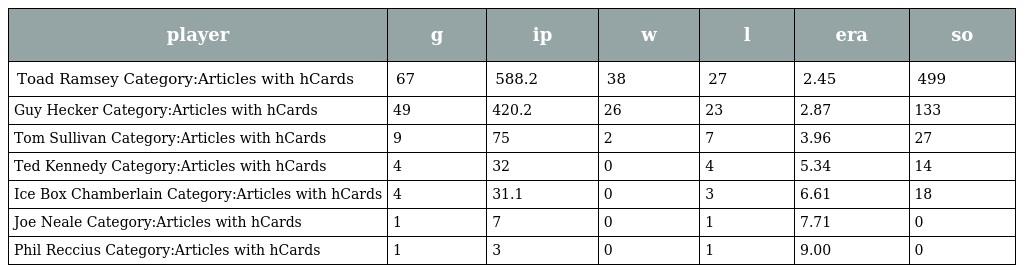
| player | g | ip | w | l | era | so |
 | --- | --- | --- | --- | --- | --- | --- |
 | Toad Ramsey Category:Articles with hCards | 67 | 588.2 | 38 | 27 | 2.45 | 499 |
 | Guy Hecker Category:Articles with hCards | 49 | 420.2 | 26 | 23 | 2.87 | 133 |
 | Tom Sullivan Category:Articles with hCards | 9 | 75 | 2 | 7 | 3.96 | 27 |
 | Ted Kennedy Category:Articles with hCards | 4 | 32 | 0 | 4 | 5.34 | 14 |
 | Ice Box Chamberlain Category:Articles with hCards | 4 | 31.1 | 0 | 3 | 6.61 | 18 |
 | Joe Neale Category:Articles with hCards | 1 | 7 | 0 | 1 | 7.71 | 0 |
 | Phil Reccius Category:Articles with hCards | 1 | 3 | 0 | 1 | 9.00 | 0 |